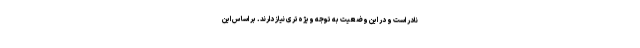
نادر است و در این وضعیت به توجه ویژه‌تری نیاز دارند. بر اساس این